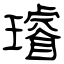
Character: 璿